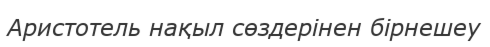
Аристотель нақыл сөздерінен бірнешеу